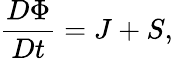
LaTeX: \frac{D\Phi}{Dt}=J+S,